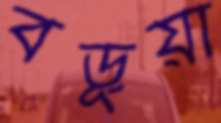
বড়ূয়া